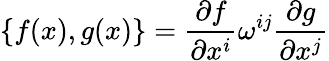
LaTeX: \{ f(x),g(x)\} =\frac{\partial f}{\partial x^{i}}\omega^{ij}\frac{\partial g}{\partial x^{j}}